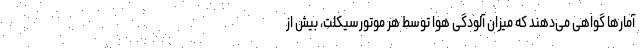
آمارها گواهی می‌دهند که میزان آلودگی هوا توسط هر موتورسیکلت، بیش از